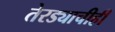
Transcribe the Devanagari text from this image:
तेरड्याचीही